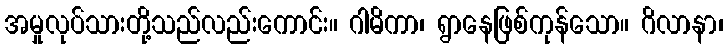
အမှုလုပ်သားတို့သည်လည်းကောင်း။ ဂါမိကာ၊ ရွာနေဖြစ်ကုန်သော။ ဂိလာနာ၊